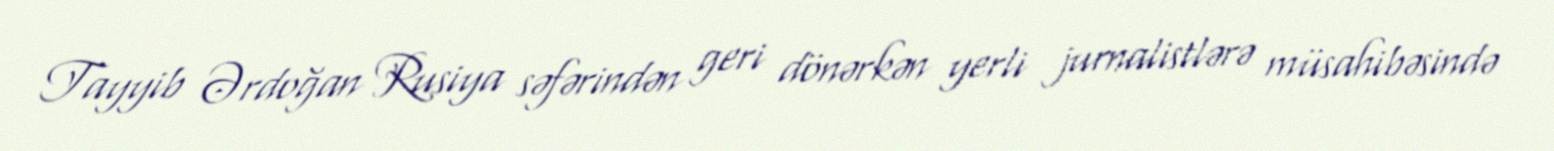
Tayyib Ərdoğan Rusiya səfərindən geri dönərkən yerli jurnalistlərə müsahibəsində